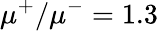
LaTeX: \mu^{+}/\mu^{-}=1.3